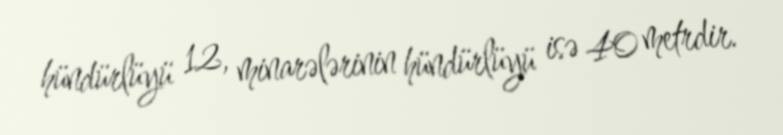
hündürlüyü 12, minarələrinin hündürlüyü isə 40 metrdir.